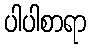
ပါပါစာရာ